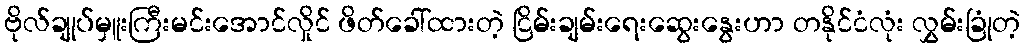
ဗိုလ်ချုပ်မှူးကြီးမင်းအောင်လှိုင် ဖိတ်ခေါ်ထားတဲ့ ငြိမ်းချမ်းရေးဆွေးနွေးဟာ တနိုင်ငံလုံး လွှမ်းခြုံတဲ့